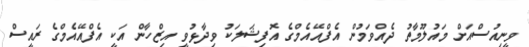
ވީނިއުސްއަށް މައުލޫމާތު ދެއްވަމުން އެފްއޭއެމްގެ އޮފިޝަލަކު ވިދާޅުވީ އިޒްހާން އަކީ އެފްއޭއެމްގެ ރައީސް